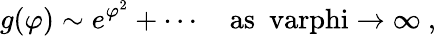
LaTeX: g(\varphi)\sim e^{\varphi^{2}}+\cdots\quad\mathrm{as~\ varphi\to\infty~,}